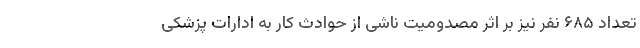
تعداد ۶۸۵ نفر نیز بر اثر مصدومیت ناشی از حوادث کار به ادارات پزشکی